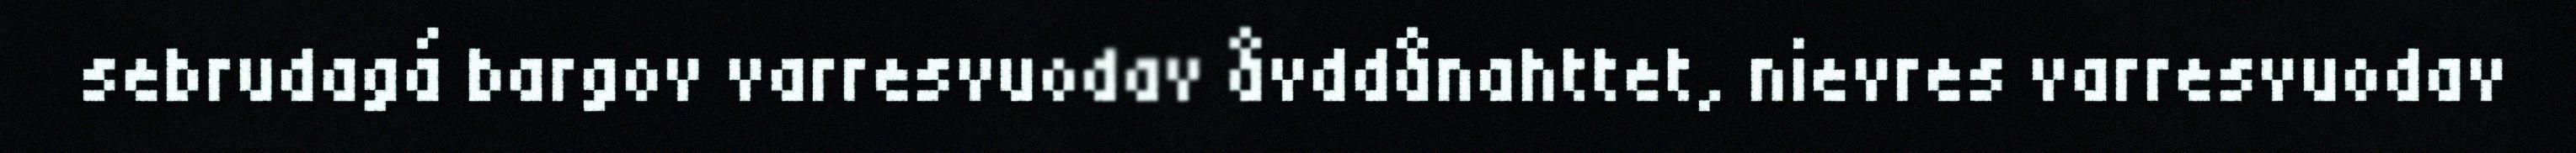
sebrudagá bargov varresvuodav åvddånahttet, nievres varresvuodav